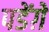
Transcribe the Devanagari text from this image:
पडेंग़े